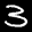
Label: 3